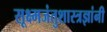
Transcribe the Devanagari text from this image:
सूक्ष्मजंतुशास्त्रज्ञांनी